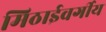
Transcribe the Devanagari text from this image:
मिठाईवर्गीय